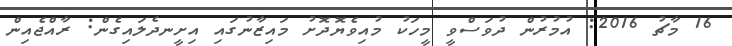
16 މާޗު 2016: އުމުރުން ދުވަސްވީ މީހަކު މުއިވެޔޮދޮށު މައިޒާނުގައި އިށީނދެލައިގެން: ރާއްޖެއިން